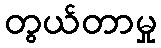
တွယ်တာမှု